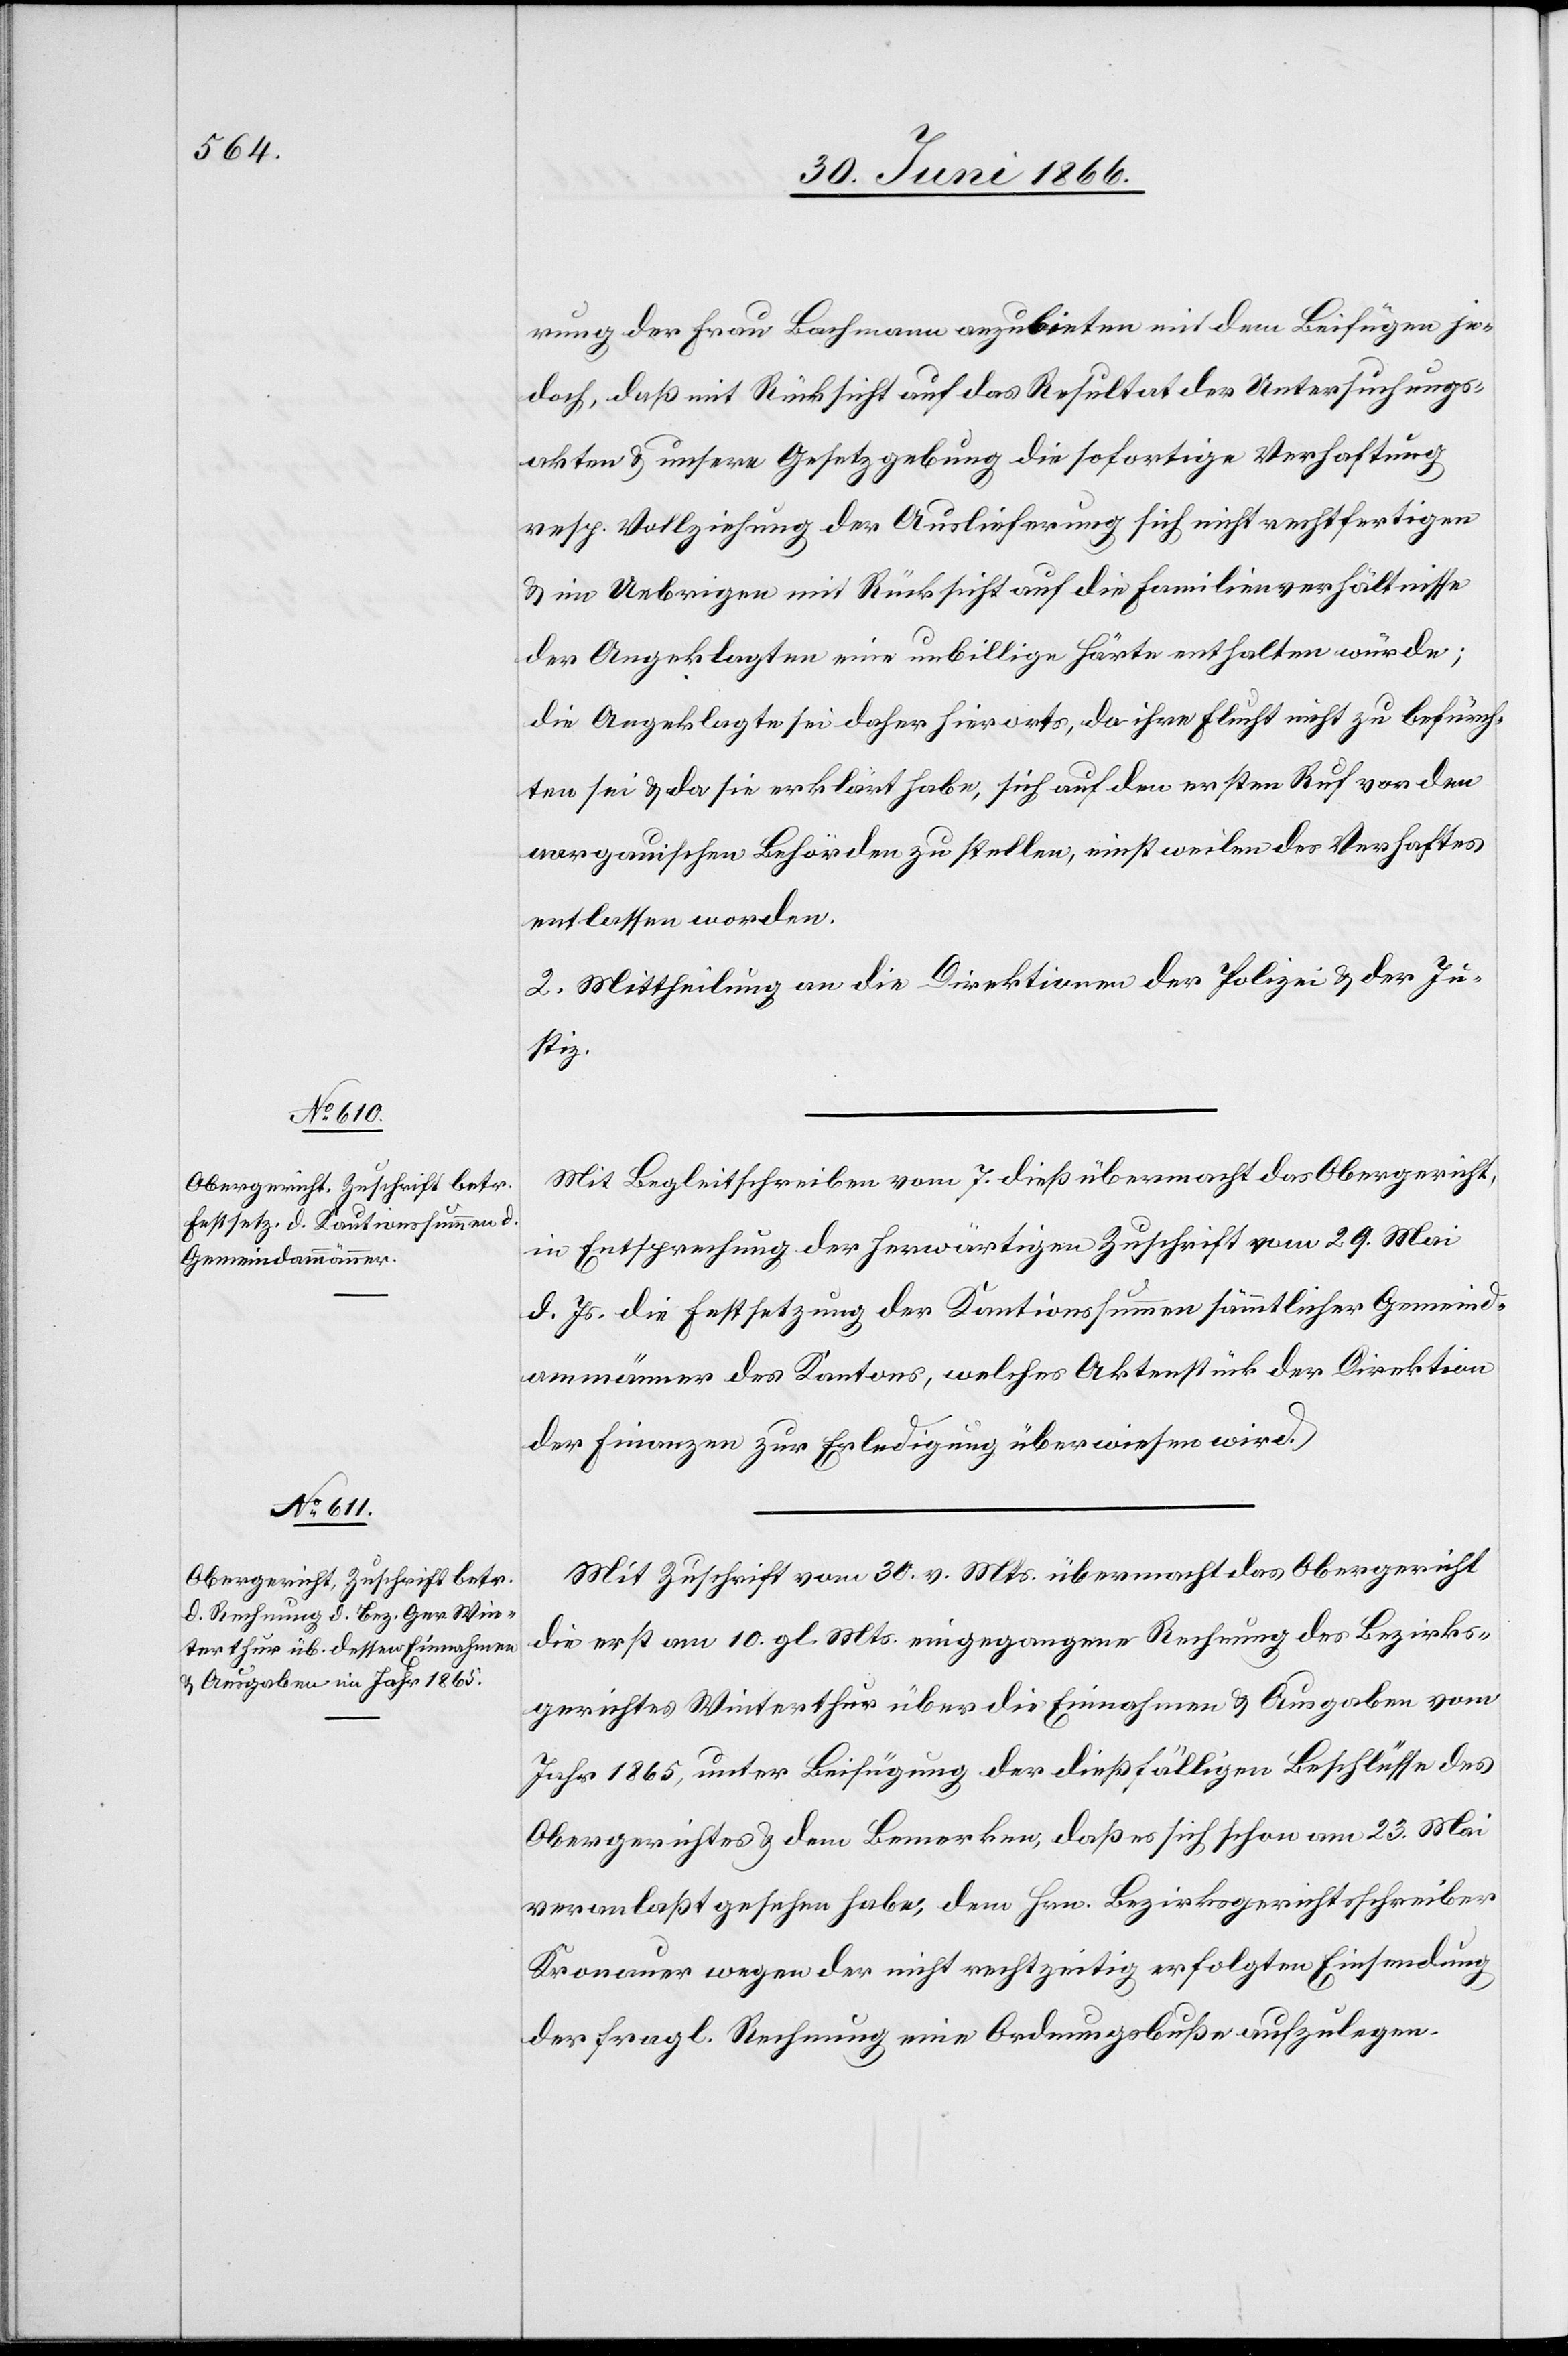
9. Juli 1866.]
erung der Frau Bachmann anzubieten mit dem Beifügen je¬
doch, daß mit Rücksicht auf das Resultat der Untersuchungs¬
akten u. unsere Gesetzgebung die sofortige Verhaftung
resp. Vollziehung der Auslieferung sich nicht rechtfertigen
u. im Uebrigen mit Rücksicht auf die Familienverhältnisse
der Angeklagten eine unbillige Härte enthalten würde;
die Angeklagte sei daher hierorts, da ihre Flucht nicht zu befürch¬
ten sei u. da sie erklärt habe, sich auf den ersten Ruf von dem
aargauischen Behörden zu stellen, einstweilen des Verhaftes
entlassen worden.
2. Mittheilung an die Direktionen der Polizei u. der Ju¬
stiz.
Mit Begleitschreiben vom 7. dieß übermacht das Obergericht
in Entsprechung der herwärtigen Zuschrift vom 29. Mai
d. Js. die Festsetzung der Kautionssumme sämmtlicher Gemeind¬
ammänner des Kantons, welches Aktenstück der Direktion
der Finanzen zur Erledigung überwiesen wird.
Mit Zuschrift vom 30. v. Mts. übermacht das Obergericht
die erst am 10. gl. Mts. eingegangene Rechnung des Bezirks¬
gerichtes Winterthur über die Einnahmen u. Ausgaben vom
Jahr 1865, unter Beifügung der dießfälligen Beschlüsse des
Obergerichtes u. dem Bemerken, daß es sich schon am 23. Mai
veranlaßt gesehen habe, dem Hrn. Bezirksgerichtspräsidenten
Kronauer wegen der nicht rechtzeitig erfolgten Einsendung
der fragl. Rechnung eine Ordnungsbuße aufzulegen.